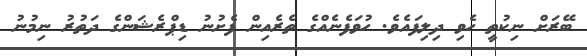
ބޭރަށް ނިކުތީ ހެވި ދިލިފައެވެ. ހުވަފެނެއްގެ ތެރެއިން ފެށުނު ޑިޕްރެޝަންގެ ދަތުރު ނިމުނު